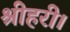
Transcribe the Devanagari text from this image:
श्रीहरी।